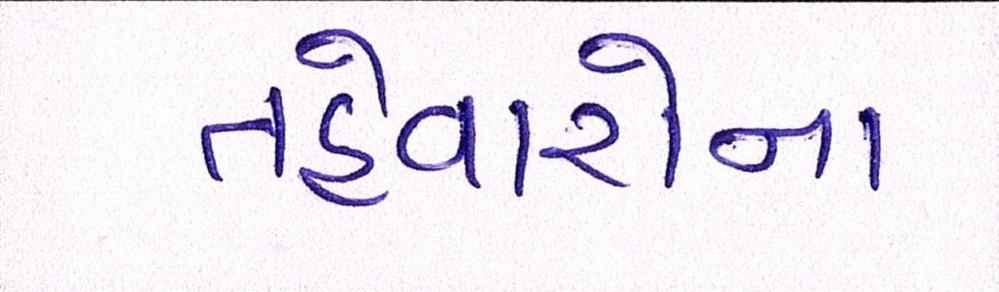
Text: તહેવારોના